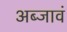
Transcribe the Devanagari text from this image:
अब्जावं